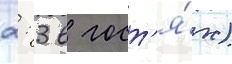
2: 3 в гост'я́х)